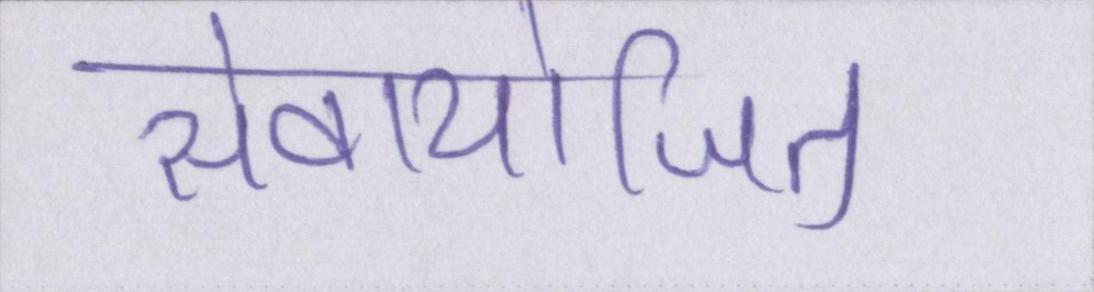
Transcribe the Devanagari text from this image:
सेवायोजित